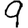
Digit: 9